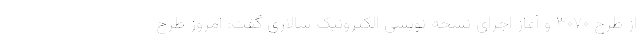
از طرح ۳۰۷۰ و آغاز اجرای نسخه نویسی الکترونیک سالاری گفت: امروز طرح